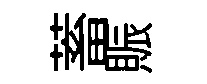
蓄賑